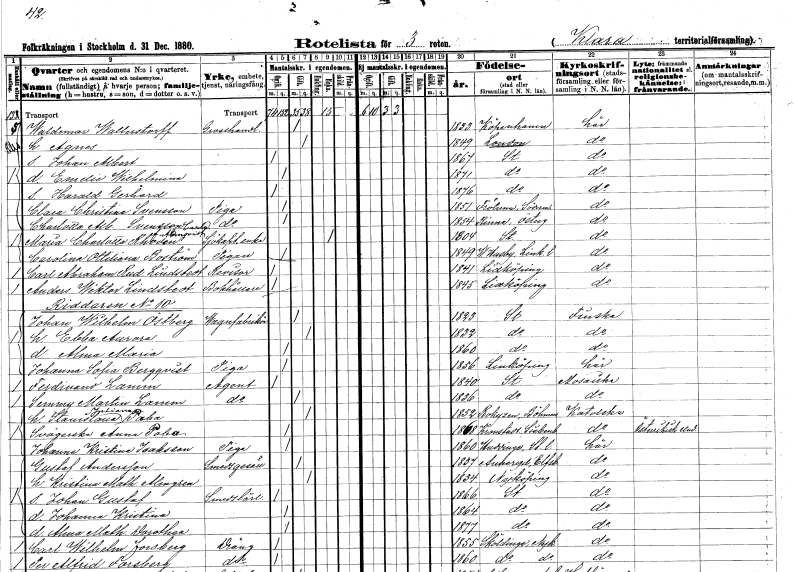
gt_parse: households: individuals: FN: Waldemar
EN: Wallerstrorff
YRKE: Grosshandlare
KON: M
CIV: G
FODAR: 1833
FN: Agnes
KON: K
CIV: G
FODAR: 1849
FN: Johan Albert
KON: M
CIV: O
FODAR: 1867
FODFORS: Stockholm
FN: Emelie Wilhelmina
KON: K
CIV: O
FODAR: 1871
FODFORS: Stockholm
FN: Harald Gerhard
KON: M
CIV: O
FODAR: 1876
FODFORS: Stockholm
FN: Clara Christina
EN: Svensson
YRKE: Piga
KON: K
CIV: O
FODAR: 1851
FODFORS: Frötuna Stockholms län
FN: Charlotta Albertina
EN: Svensson Carlsson??
YRKE: Piga
KON: K
CIV: O
FODAR: 1854
FODFORS: Rinna Östergötlands län
FN: Maria Charlotta
EN: Rhoden Almqvist
YRKE: Sjökaptensänka
KON: K
CIV: E
FODAR: 1804
FODFORS: Stockholm
FN: Carolina Ottiliana
EN: Boström
YRKE: Piga
KON: K
CIV: O
FODAR: 1849
FODFORS: Husby Östergötlands län
FN: Carl Abraham Rudolf
EN: Lindstedt
YRKE: Revisor
KON: M
CIV: O
FODAR: 1841
FODFORS: Lidköping Skaraborgs län
FN: Anders Wiktor
EN: Lindstedt
YRKE: Bokhållare
KON: M
CIV: O
FODAR: 1845
FODFORS: Lidköping Skaraborgs län
FN: Johan Wilhelm
EN: Östberg
YRKE: Vagnfabrikör
KON: M
CIV: G
FODAR: 1823
FODFORS: Stockholm
FN: Ebba Aurora
KON: K
CIV: G
FODAR: 1832
FODFORS: Stockholm
FN: Alma Maria
KON: K
CIV: O
FODAR: 1860
FODFORS: Stockholm
FN: Johanna Sofia
EN: Bergqvist
YRKE: Piga
KON: K
CIV: O
FODAR: 1856
FODFORS: Linköping Östergötlands län
FN: Ferdinand
EN: Lamm
YRKE: Agent
KON: M
CIV: O
FODAR: 1840
FODFORS: Stockholm
FN: Semmy Martin
EN: Lamm
YRKE: Agent
KON: M
CIV: G
FODAR: 1836
FODFORS: Stockholm
FN: Stanislava Juliana
EN: Paba
KON: K
CIV: G
FODAR: 1852
FN: Anna
EN: Paba
KON: K
CIV: O
FODAR: 1868
FN: Johanna Kristina
EN: Isaksson
YRKE: Piga
KON: K
CIV: O
FODAR: 1860
FODFORS: Huddinge Stockholms län
FN: Gustaf
EN: Andersson
YRKE: Smedsgesäll
KON: M
CIV: G
FODAR: 1837
FODFORS: Angered Göteborgs- och Bohuslän
FN: Kristina Mathilda
EN: Almgren
KON: K
CIV: G
FODAR: 1834
FODFORS: Nyköping Södermanlands län
FN: Johan Gustaf
YRKE: Smedslärling
KON: M
CIV: O
FODAR: 1866
FODFORS: Stockholm
FN: Johanna Kristina
KON: K
CIV: O
FODAR: 1864
FODFORS: Stockholm
FN: Alma Mathilda Dorothea
KON: K
CIV: O
FODAR: 1877
FODFORS: Stockholm
FN: Carl Wilhelm
EN: Forsberg
YRKE: Dräng
KON: M
CIV: O
FODAR: 1855
FODFORS: Sköldinge Södermanlands län
FN: Per Alfrid
EN: Forsberg
YRKE: Dräng
KON: M
CIV: O
FODAR: 1860
FODFORS: Sköldinge Södermanlands län